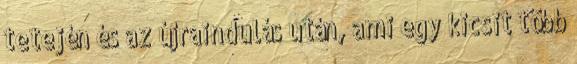
tetején és az újraindulás után, ami egy kicsit több